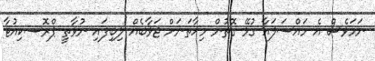
ނަމަވެސް އެ މައްސަލައާ ގުޅޭ ގޮތުން މިހާތަނަށް ޖަވާބެއް ލިބިފައި ނުވާތީ ޕްރޮސކިއުޓާ